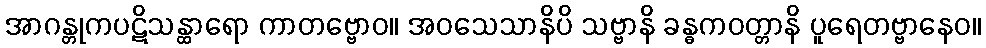
အာဂန္တုကပဋိသန္ထာရော ကာတဗ္ဗောဝ။ အဝသေသာနိပိ သဗ္ဗာနိ ခန္ဓကဝတ္တာနိ ပူရေတဗ္ဗာနေဝ။